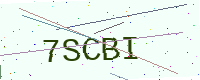
Text: 7SCBI